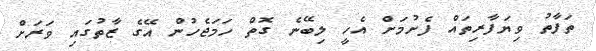
ތަފާތު ވިޔަފާރިތައް ފެށުމަށް އެހީ ލިބޭނެ ގޮތް ހަމަޖެހުން އޭގެ ޒާތުގައި ވަރަށް